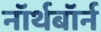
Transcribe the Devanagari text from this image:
नॉर्थबॉर्न